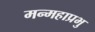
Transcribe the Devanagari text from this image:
मन्महाप्रभु